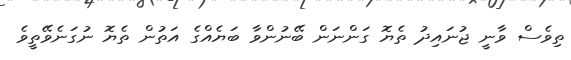
ތިވެސް ވާނީ ޖުނައިދު ތެޔޮ ގަންނަން ބޭނުންވާ ބަޔެއްގެ އަތުން ތެޔޮ ނުގަނެވޭތީވެ